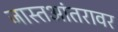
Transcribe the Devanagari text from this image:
जास्तआंतरावर